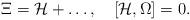
LaTeX: \begin{align*}\Xi={\cal H}+\ldots,\quad[{\cal H},\Omega]=0.\end{align*}